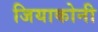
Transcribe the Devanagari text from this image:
जियाकोनी